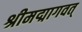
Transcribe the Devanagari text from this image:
श्रीमद्मागवत्